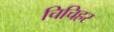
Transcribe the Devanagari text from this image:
चिचिहर